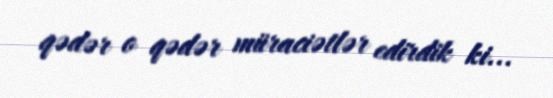
qədər o qədər müraciətlər edirdik ki...